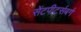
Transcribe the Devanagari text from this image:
सेंटपीटर्सबर्ग